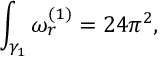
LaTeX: \int _ { \gamma _ { 1 } } \omega _ { r } ^ { ( 1 ) } = 2 4 \pi ^ { 2 } ,